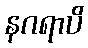
နဂရာပိ